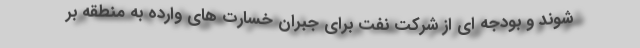
شوند و بودجه ای از شرکت نفت برای جبران خسارت های وارده به منطقه بر